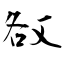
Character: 敋